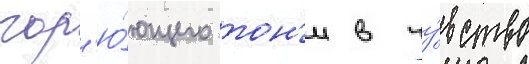
гор'ю́ющего тон'и в чу́вство